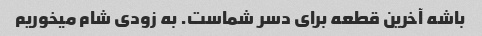
باشه آخرین قطعه برای دسر شماست. به زودی شام میخوریم